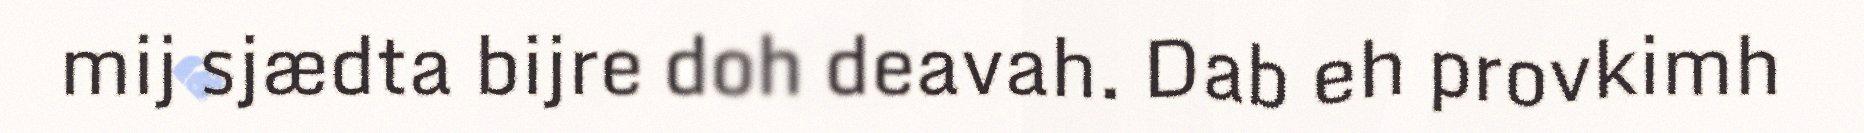
mij sjædta bijre doh deavah. Dab eh provkimh